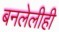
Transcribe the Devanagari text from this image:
बनलेलीही